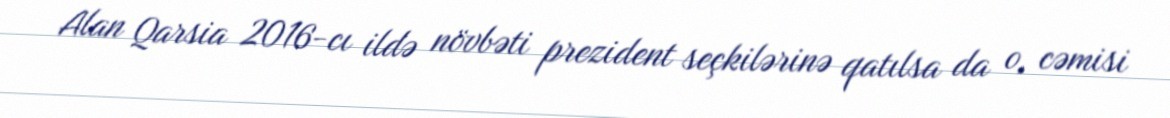
Alan Qarsia 2016-cı ildə növbəti prezident seçkilərinə qatılsa da o, cəmisi